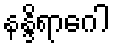
နန္ဒိရာဂေါ